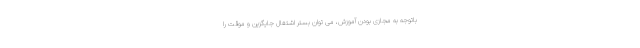
باتوجه به مجازی بودن آموزش، می توان بستر اشتغال جایگزین و موقت را